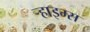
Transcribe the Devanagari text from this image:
र्‍हाइम्स